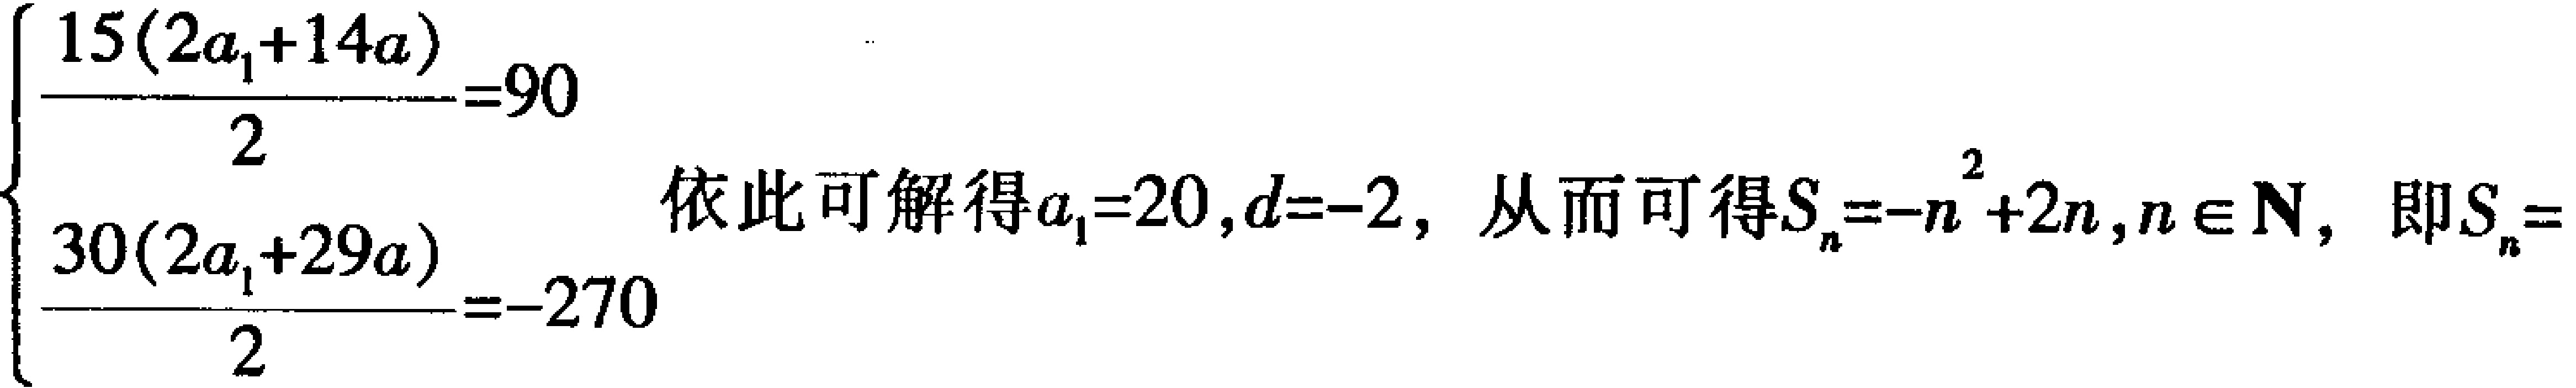
\[\begin{cases}
\frac{15(2a_{1}+14a)}{2}=90\\
\frac{30(2a_{1}+29a)}{2}=-270
\end{cases}\]
依此可解得\(a_{1}=20,d = - 2\)，从而可得\(S_{n}=-n^{2}+2n,n\in\mathbb{N}\)，即\(S_{n}=\)